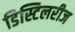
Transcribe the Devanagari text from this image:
डिस्टिलरीज